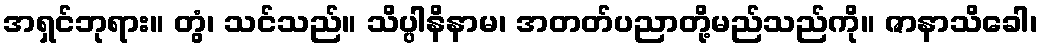
အရှင်ဘုရား။ တွံ၊ သင်သည်။ သိပ္ပါနိနာမ၊ အတတ်ပညာတို့မည်သည်ကို။ ဇာနာသိခေါ၊